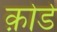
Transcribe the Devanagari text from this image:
क़ोडे